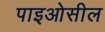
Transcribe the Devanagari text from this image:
पाइओसील